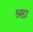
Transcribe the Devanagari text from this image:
श्र्ष्ठा